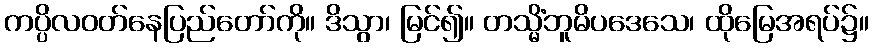
ကပ္ပိလဝတ်နေပြည်တော်ကို။ ဒိသွာ၊ မြင်၍။ တသ္မိံဘူမိပဒေသေ၊ ထိုမြေအရပ်၌။